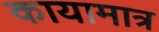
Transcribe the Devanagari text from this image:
कायामात्र